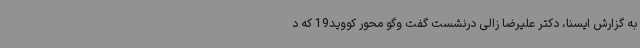
به گزارش ایسنا، دکتر علیرضا زالی درنشست گفت وگو محور کووید19 که د